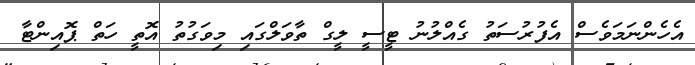
އެހެންނަމަވެސް އެފުރުސަތު ގެއްލުނު ޓީސީ ލީގް ތާވަލްގައި މިވަގުތު އޮތީ ހަތް ޕޮއިންޓާ